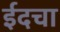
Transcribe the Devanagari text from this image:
ईदचा